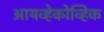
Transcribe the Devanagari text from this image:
आयव्हेकोव्हिक